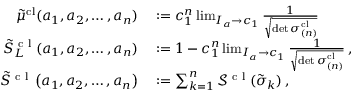
\begin{array} { r l } { \tilde { \mu } ^ { \mathrm { c l } } ( a _ { 1 } , a _ { 2 } , \dots , a _ { n } ) } & { { } : = c _ { 1 } ^ { n } \operatorname* { l i m } _ { I _ { a } \to c _ { 1 } } \frac { 1 } { \sqrt { \operatorname* { d e t } \boldsymbol { \sigma } _ { ( n ) } ^ { \mathrm { c l } } } } } \\ { \tilde { S } _ { L } ^ { \textrm { c l } } ( a _ { 1 } , a _ { 2 } , \dots , a _ { n } ) } & { { } : = 1 - c _ { 1 } ^ { n } \operatorname* { l i m } _ { I _ { a } \to c _ { 1 } } \frac { 1 } { \sqrt { \operatorname* { d e t } \boldsymbol { \sigma } _ { ( n ) } ^ { \mathrm { c l } } } } \, , } \\ { \tilde { S } ^ { \textrm { c l } } \left( a _ { 1 } , a _ { 2 } , \dots , a _ { n } \right) } & { { } : = \sum _ { k = 1 } ^ { n } \mathcal { S } ^ { \textrm { c l } } ( \tilde { \sigma } _ { k } ) \, , } \end{array}